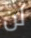
لن